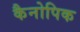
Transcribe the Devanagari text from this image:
कैनोपिक